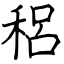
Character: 稆